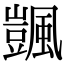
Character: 颽